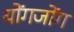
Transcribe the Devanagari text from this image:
योंगजोंग